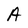
Character: A